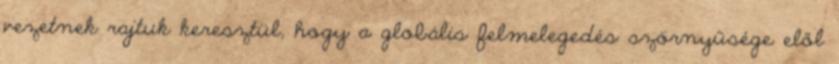
vezetnek rajtuk keresztül, hogy a globális felmelegedés szörnyűsége elől